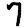
Digit: 7